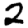
Digit: 2